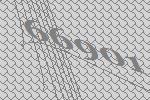
66901